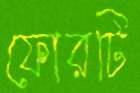
ফোরটি